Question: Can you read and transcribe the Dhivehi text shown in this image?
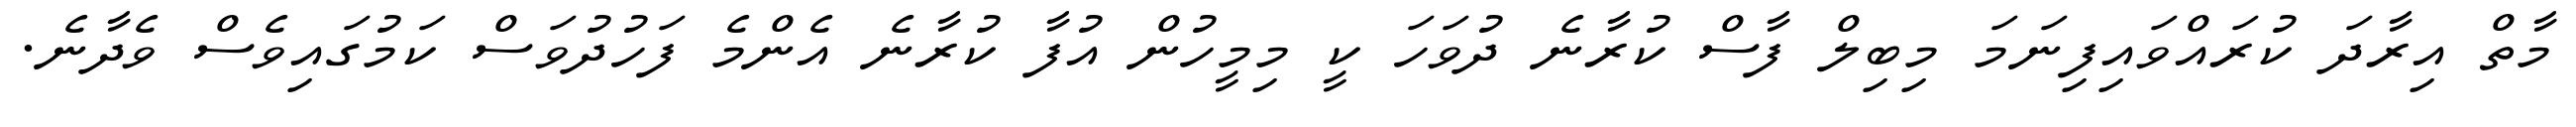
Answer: މާތް އިރާދަ ކުރައްވައިފިނަމަ މިބިލް ފާސް ކުރާނެ ދުވަހަ ކީ މިމީހުން އުފާ ކުރާނެ އެންމެ ފަހުދުވަސް ކަމުގައިވެސް ވެދާނެ.